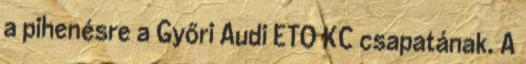
a pihenésre a Győri Audi ETO KC csapatának. A